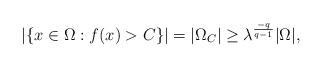
LaTeX: \begin{align*}|\{x\in \Omega : f(x)>C\}| = |\Omega_C|\ge \lambda^{\frac{-q}{q-1}}|\Omega|,\end{align*}